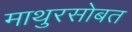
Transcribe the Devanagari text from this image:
माथुरसोबत